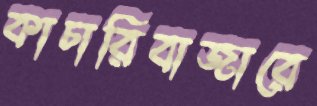
কাচারিবাজারে